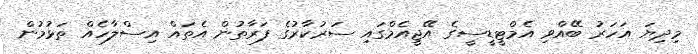
މިދިޔަ އަހަރު ބޭއްވި އެމްޓީޑީސީގެ އޭޖީއެމްގައި ސަރުކާރުގެ ފަރާތުން އެތައް އިސްލާހެއް ތަޅުމުން